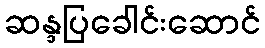
ဆန္ဒပြခေါင်းဆောင်